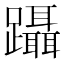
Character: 躡